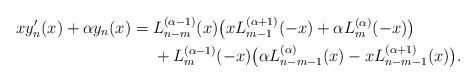
LaTeX: \begin{align*}xy_n'(x)+\alpha y_n(x)={}&L_{n-m}^{(\alpha-1)}(x)\big(xL_{m-1}^{(\alpha+1)}(-x)+\alpha L_m^{(\alpha)}(-x)\big)\\&+L_m^{(\alpha-1)}(-x)\big(\alpha L_{n-m-1}^{(\alpha)}(x)-xL_{n-m-1}^{(\alpha+1)}(x)\big).\end{align*}